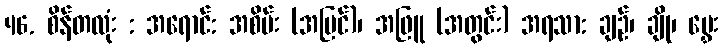
46. စိန်တလုံး : အရောင်: အစိမ်း (အပြင်)၊ အဖြူ (အတွင်း) အရသာ: ချဉ်၊ ချို၊ မွှေး